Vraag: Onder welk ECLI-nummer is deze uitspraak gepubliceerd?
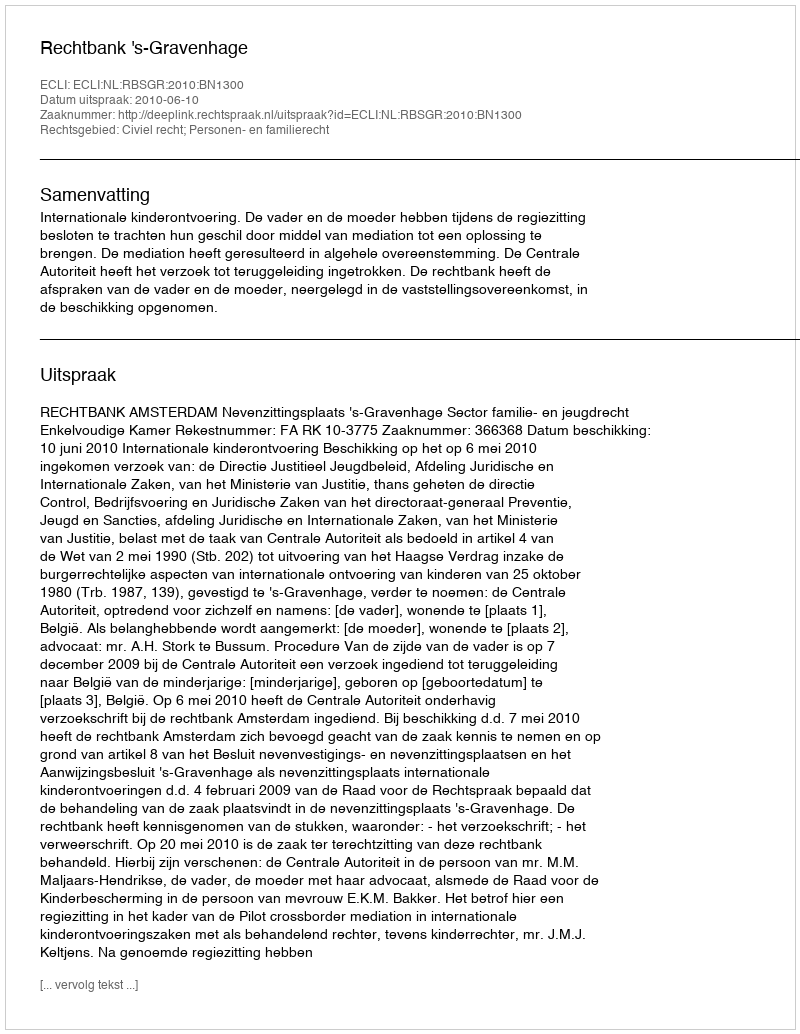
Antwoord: ECLI:NL:RBSGR:2010:BN1300